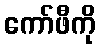
ကော်ဖီကို